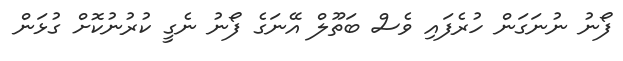
ފޯނު ނުނަގަން ހުރެފައި ވެސް ބަތޫލް އޭނަގެ ފޯނު ނެގީ ކުރުނުކޮށް ގުޅަން